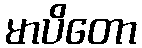
မာပိတော